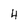
Character: 4